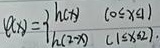
\[\varphi(x)=\begin{cases}
\text{当} \ 0\leq x < 1, & h(x)\\
\text{当} \ 1\leq x\leq 2, & h(2 - x)
\end{cases}\]